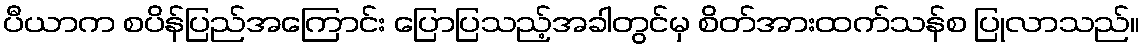
ပီယာက စပိန်ပြည်အကြောင်း ပြောပြသည့်အခါတွင်မှ စိတ်အားထက်သန်စ ပြုလာသည်။